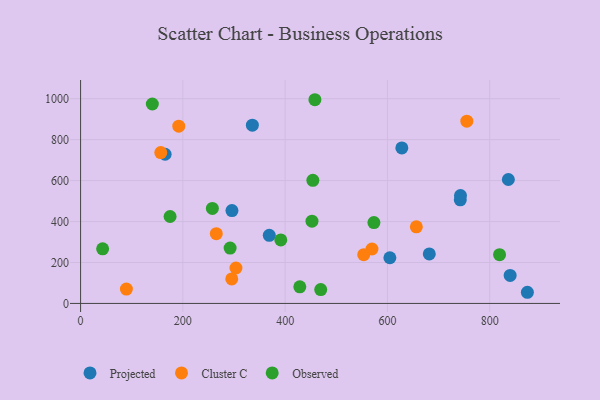
{"axis": {"x": "Price", "y": "Salary"}, "legend": ["Cluster C", "Observed", "Projected"], "data": [{"x": "840.0", "y": 137.0, "type": "Projected"}, {"x": "742.5", "y": 506.0, "type": "Projected"}, {"x": "681.9", "y": 241.9, "type": "Projected"}, {"x": "836.5", "y": 605.4, "type": "Projected"}, {"x": "165.3", "y": 728.7, "type": "Projected"}, {"x": "296.0", "y": 453.8, "type": "Projected"}, {"x": "628.2", "y": 759.8, "type": "Projected"}, {"x": "369.0", "y": 332.6, "type": "Projected"}, {"x": "604.8", "y": 223.2, "type": "Projected"}, {"x": "742.9", "y": 526.7, "type": "Projected"}, {"x": "873.7", "y": 54.5, "type": "Projected"}, {"x": "335.9", "y": 870.9, "type": "Projected"}, {"x": "265.4", "y": 340.6, "type": "Cluster C"}, {"x": "89.6", "y": 70.0, "type": "Cluster C"}, {"x": "156.8", "y": 736.7, "type": "Cluster C"}, {"x": "755.3", "y": 890.0, "type": "Cluster C"}, {"x": "295.6", "y": 119.7, "type": "Cluster C"}, {"x": "656.6", "y": 374.0, "type": "Cluster C"}, {"x": "553.7", "y": 238.3, "type": "Cluster C"}, {"x": "192.0", "y": 865.7, "type": "Cluster C"}, {"x": "303.8", "y": 173.0, "type": "Cluster C"}, {"x": "569.8", "y": 265.8, "type": "Cluster C"}, {"x": "391.5", "y": 310.3, "type": "Observed"}, {"x": "469.6", "y": 67.7, "type": "Observed"}, {"x": "819.3", "y": 238.2, "type": "Observed"}, {"x": "43.1", "y": 266.8, "type": "Observed"}, {"x": "458.2", "y": 995.0, "type": "Observed"}, {"x": "428.7", "y": 81.2, "type": "Observed"}, {"x": "292.4", "y": 270.2, "type": "Observed"}, {"x": "454.2", "y": 601.3, "type": "Observed"}, {"x": "257.7", "y": 464.2, "type": "Observed"}, {"x": "175.0", "y": 424.7, "type": "Observed"}, {"x": "140.3", "y": 974.2, "type": "Observed"}, {"x": "452.5", "y": 402.0, "type": "Observed"}, {"x": "573.6", "y": 395.1, "type": "Observed"}]}